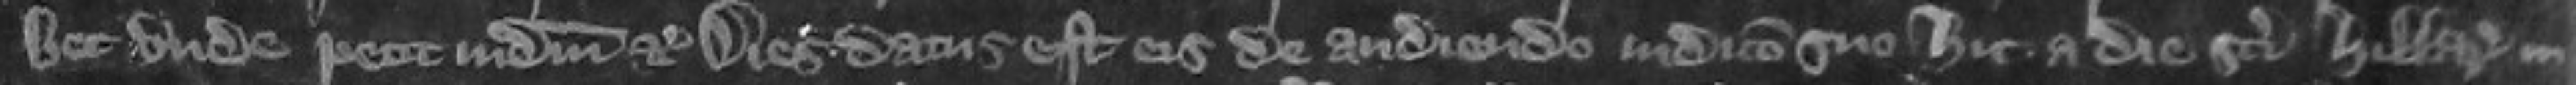
bet unde petit judicium etc Dies datus est eis de audiendo judicio suo hic a die Sancti Hillarii in